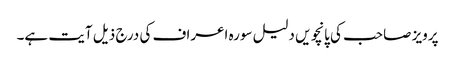
پرویز صاحب کی پانچویں دلیل سورہ اعراف کی درج ذیل آیت ہے۔